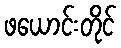
ဖယောင်းတိုင်